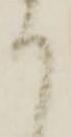
て